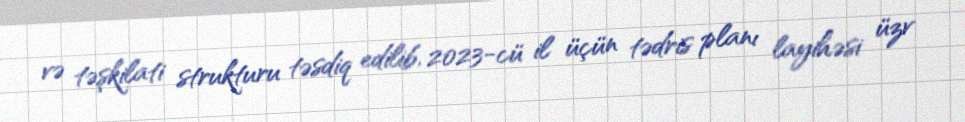
və təşkilati strukturu təsdiq edilib, 2023-cü il üçün tədris planı layihəsi üzv